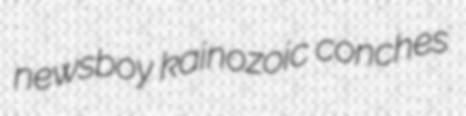
newsboy kainozoic conches